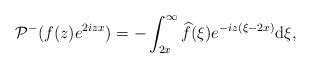
LaTeX: \begin{align*} & \mathcal{P}^- ( f(z) e^{ 2izx}) =- \int_{2x}^\infty \widehat{f} (\xi)e^{-iz(\xi-2x) } \mathrm{d}\xi,\end{align*}